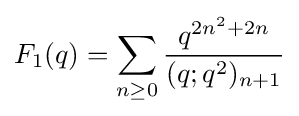
F_{1}(q)=\sum _{n\geq 0}{\frac {q^{2n^{2}+2n}}{(q;q^{2})_{n+1}}}